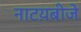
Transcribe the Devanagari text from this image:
नाटय़बीजे